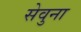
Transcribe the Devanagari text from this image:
सेवुना